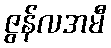
ဇွန်လအမီ